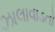
ઝાલાવાડતો